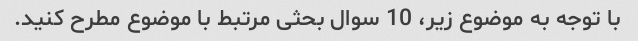
با توجه به موضوع زیر، 10 سوال بحثی مرتبط با موضوع مطرح کنید.